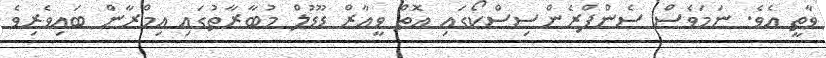
ވާތީ އެވެ. ނަމަވެސް ސެންފްރެންސިސްކޯގައި އޮތް ވީއާރް ޑޫޑުލް މުބާރާތުގައި އިމްރާން ބައިވެރިވެ